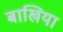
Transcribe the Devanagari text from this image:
बाखिया